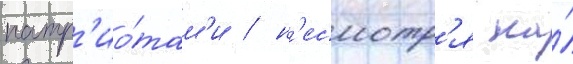
патр'ио́там'и / н'есмотр'я на́